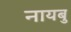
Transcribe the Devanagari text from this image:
नायबु